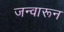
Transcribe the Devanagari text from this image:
जन्वारून